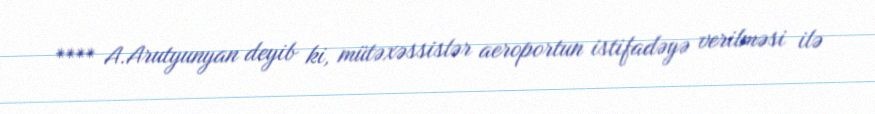
**** A.Arutyunyan deyib ki, mütəxəssislər aeroportun istifadəyə verilməsi ilə